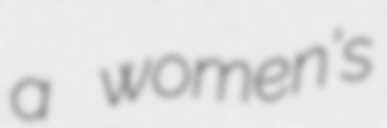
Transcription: a women's